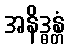
အနိဒ္ဓန္တံ